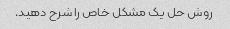
روش حل یک مشکل خاص را شرح دهید.